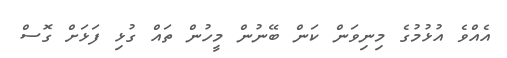
އެެއްވެ އުޅުމުގެ މިނިވަން ކަން ބޭނުން މީހުން ތައް ގުޅި ފަޅަށް ގޮސް